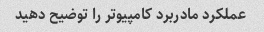
عملکرد مادربرد کامپیوتر را توضیح دهید